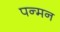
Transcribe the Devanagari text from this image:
पन्मन